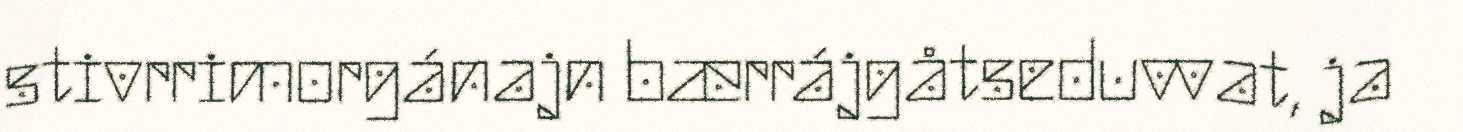
stivrrimorgánajn bærrájgåtseduvvat, ja